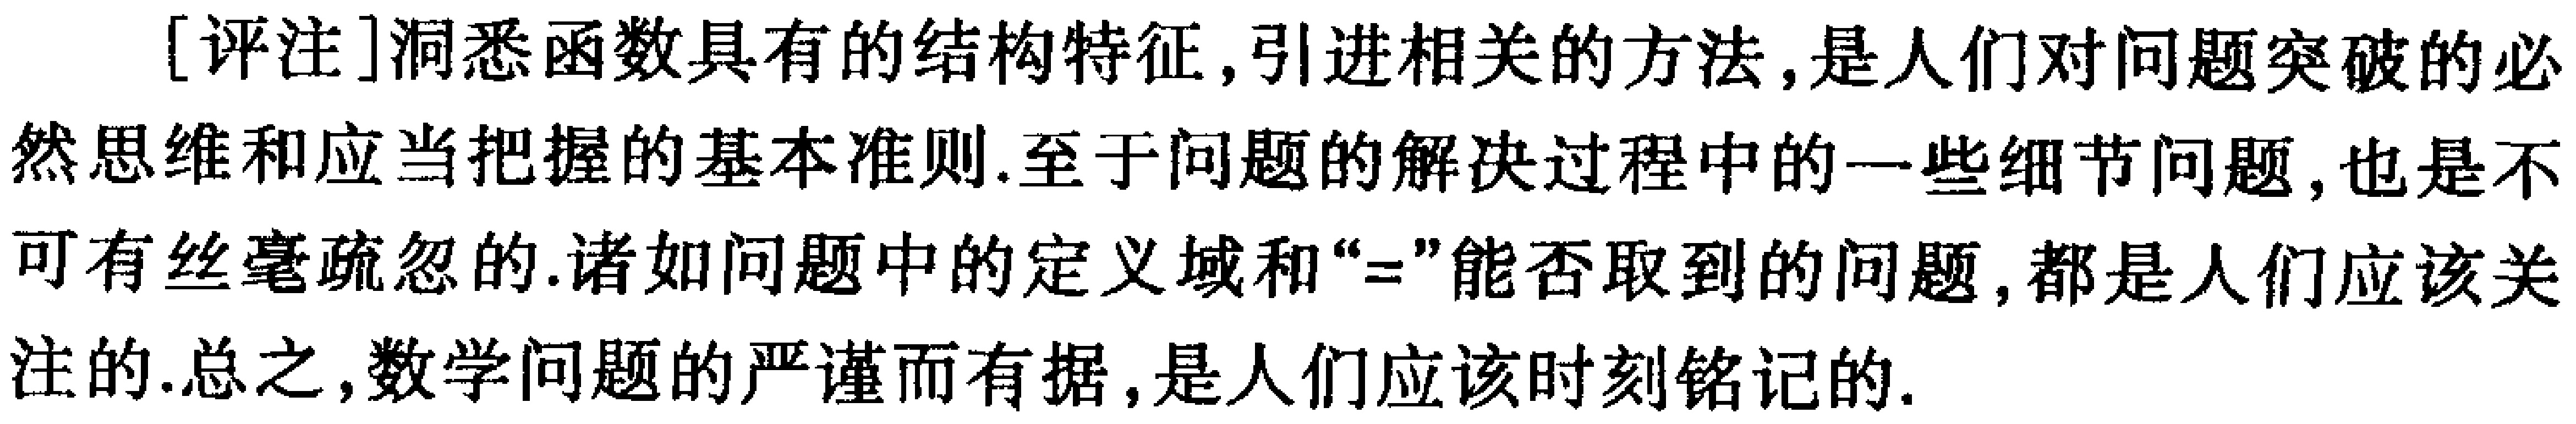
[评注]洞悉函数具有的结构特征,引进相关的方法,是人们对问题突破的必然思维和应当把握的基本准则.至于问题的解决过程中的一些细节问题,也是不可有丝毫疏忽的.诸如问题中的定义域和“=”能否取到的问题,都是人们应该关注的.总之,数学问题的严谨而有据,是人们应该时刻铭记的.